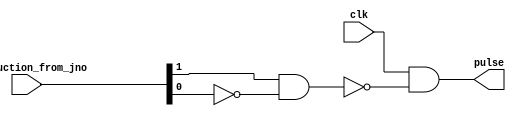
//////////////////////////////////////////////////////////////////////////////////
// Module Name: halt.v
// Description: takes clock input and according to the current instruction it 
// determines if the clock should go on or not
//////////////////////////////////////////////////////////////////////////////////

`timescale 1ns / 1ns

module halt(pulse, clk, instruction_from_jno);

//Input Ports
input [1:0] instruction_from_jno; 	//input a 2 bit register from JNO
input clk;

//Output Ports
output pulse;

wire [1:0] instruct;
wire clk;
wire pulses;
wire [1:0] w;

//-----Instructions-----

and a1(w[1], instruction_from_jno[1], !instruction_from_jno[0]);
not n1(w[0], w[1]);
and(pulse, clk, w[0]);

endmodule